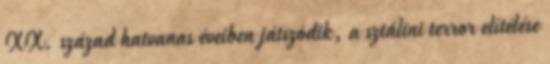
XX. század hatvanas éveiben játszódik, a sztálini terror elítélése